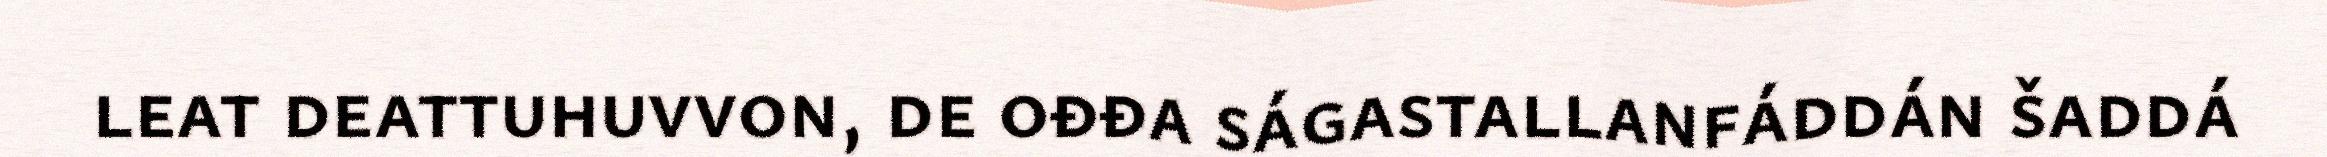
leat deattuhuvvon, de ođđa ságastallanfáddán šaddá